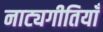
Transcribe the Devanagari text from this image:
नाट्यगीतियाँ